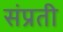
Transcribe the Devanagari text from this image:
संप्रती